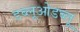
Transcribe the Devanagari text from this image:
डब्लूओडब्लू